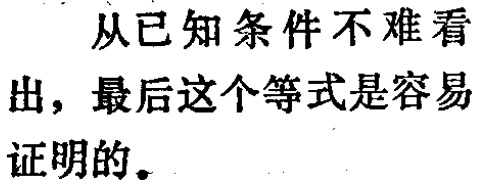
从已知条件不难看出，最后这个等式是容易证明的。